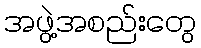
အဖွဲ့အစည်းတွေ